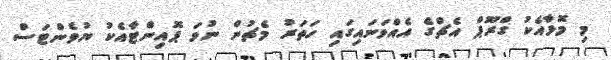
މި މޮޅާއެކު ގްރޫޕް އެޗްގެ އެއްވަނައިގައި ހަތަރު މެޗުން ނުވަ ޕޮއިންޓާއެކު ޔުވެންޓަސް